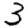
Digit: 3